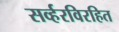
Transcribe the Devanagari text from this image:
सर्व्हरविरहित